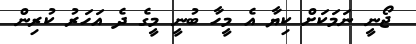
ޖޯނީ ނަމަކަށް ކިޔާ އެ މީހާ ބުނީ މީގެ ދެ އަހަރު ކުރިން